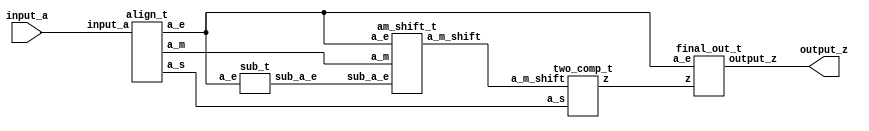
`define SIMULATION_MEMORY
//`define SIMULATION_addfp
`define VECTOR_DEPTH 64 //Q,K,V vector size
`define DATA_WIDTH 16
`define VECTOR_BITS 1024 // 16 bit each (16x64)
`define NUM_WORDS 32   //num of words in the sentence
`define BUF_AWIDTH 4 //16 entries in each buffer ram
`define BUF_LOC_SIZE 4 //4 words in each addr location
`define OUT_RAM_DEPTH 512 //512 entries in output bram
`define EXPONENT 8
`define MANTISSA 7
`define EXPONENT 5
`define MANTISSA 10
`define SIGN 1
`define DWIDTH (`SIGN+`EXPONENT+`MANTISSA)
`define DEFINES_DONE
`define DATAWIDTH (`SIGN+`EXPONENT+`MANTISSA)
`define IEEE_COMPLIANCE 1
`define NUM 4
`define ADDRSIZE 4

module float_to_int_fp16(
        input_a,
        output_z);


  input     [15:0] input_a;
  output    [15:0] output_z;

  
  wire [27:0] z;
  wire [5:0] a_e, sub_a_e;
  wire a_s;
  wire [15:0] a_m;
  wire [27:0] a_m_shift;  
  
  align_t dut_align (input_a,a_m,a_e,a_s);
  sub_t dut_sub (a_e,sub_a_e);
  am_shift_t dut_am_shift (a_e,sub_a_e,a_m,a_m_shift);
  two_comp_t dut_two_comp (a_m_shift,a_s,z);
  final_out_t dut_final_out (z, a_e, output_z);
  
endmodule
module final_out_t (
  input [27:0] z,
  input [5:0] a_e,
  output [15:0] output_z);
  
  reg [27:0] output_z_temp;

always@(a_e or z) begin
  if (a_e[5] == 1'b1 && a_e[4:0] == 5'd15) begin
		output_z_temp = 27'b0;
	end
  else if (a_e[5] == 0 && a_e[4:0] > 5'd15) begin
		output_z_temp = 27'hFFFF;
	end
	else begin
		output_z_temp = z << 12;
	end
  end
  assign output_z = output_z_temp[27:12];
endmodule
module two_comp_t (
  input [27:0] a_m_shift,
  input a_s,
  output [27:0] z);

assign z = a_s ? -a_m_shift : a_m_shift; // 2's complement

endmodule
module am_shift_t (
  input [5:0] a_e,
  input [5:0] sub_a_e,
  input [15:0] a_m,
  output reg [27:0] a_m_shift);

always@(a_e or sub_a_e or a_m) begin
  if (a_e <= 15 && a_e >= 0 ) begin
    a_m_shift = {a_m,12'b0} >> sub_a_e;
	end
	else begin
		a_m_shift = 24'h0;
	end
  end
  
endmodule
module sub_t (
  input [5:0] a_e,
  output [5:0] sub_a_e);

assign sub_a_e = 15 - a_e;

endmodule
module align_t (
  input [15:0] input_a,
  output [15:0] a_m,
  output [5:0] a_e,
  output a_s);

  wire [15:0] a;

  assign a = input_a;
  assign a_m[15:5] = {1'b1, a[9 : 0]};
  assign a_m[4:0] = 8'b0;
  assign a_e = a[14 : 10] - 15;
  assign a_s = a[15];

endmodule